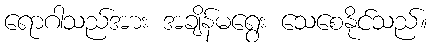
ရောဂါသည်အား အချိန်မရွေး သေစေနိုင်သည်။